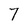
Character: 7